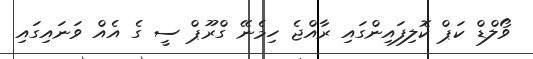
ވޯލްޑް ކަޕް ކޮލިފައިންގައި ރާއްޖެ ހިމެނޭ ގްރޫޕް ސީ ގެ އެއް ވަނައިގައި